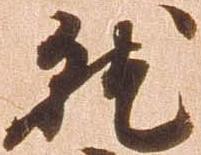
就